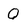
Character: Q